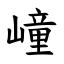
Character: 㠉